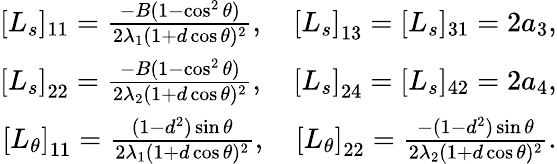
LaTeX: \begin{array}{r}{[L_{s}]_{11}=\frac{-B(1-\cos^{2}\theta)}{2\lambda_{1}(1+d\cos\theta)^{2}},\quad\left[L_{s}\right]_{13}=[L_{s}]_{31}=2a_{3},}\\ {\left[L_{s}\right]_{22}=\frac{-B(1-\cos^{2}\theta)}{2\lambda_{2}(1+d\cos\theta)^{2}},\quad\left[L_{s}\right]_{24}=[L_{s}]_{42}=2a_{4},}\\ {\left[L_{\theta}\right]_{11}=\frac{(1-d^{2})\sin\theta}{2\lambda_{1}(1+d\cos\theta)^{2}},\quad\left[L_{\theta}\right]_{22}=\frac{-(1-d^{2})\sin\theta}{2\lambda_{2}(1+d\cos\theta)^{2}}.}\end{array}